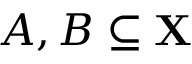
A , B \subseteq \mathbf { X }